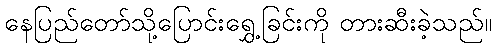
နေပြည်တော်သို့ပြောင်းရွှေ့ခြင်းကို တားဆီးခဲ့သည်။